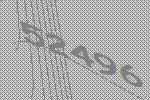
52496